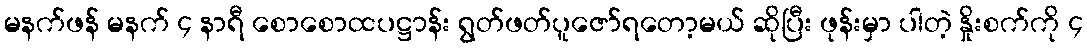
မနက်ဖန် မနက် ၄ နာရီ စောစောထပဋ္ဌာန်း ရွတ်ဖတ်ပူဇော်ရတော့မယ် ဆိုပြီး ဖုန်းမှာ ပါတဲ့ နှိုးစက်ကို ၄